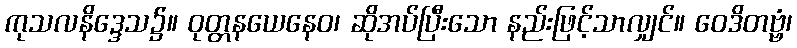
ကုသလနိဒ္ဒေသ၌။ ဝုတ္တနယေနေဝ၊ ဆိုအပ်ပြီးသော နည်းဖြင့်သာလျှင်။ ဝေဒိတဗ္ဗံ၊